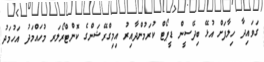
ގަވައިދާ ހިލާފަށް އުޅޭ ބިދޭސީން ޑީޕޯޓް ކުރަމުންދާއިރު އިމިގްރޭޝަންގެ ކޮންޓްރޯލަރ މުހައްމަދު އަހުމަދު